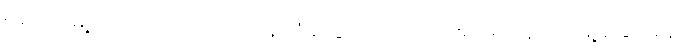
ရှန်ဟိုင်းမြို့ကပြုပြင်ပြောင်းလဲရေးနဲ့ တံခါး ဖွင့် ဝါဒ ကျင့်သုံးရာမှာ ရှန်ဟိုင်းမြို့ ခြေအနေ